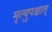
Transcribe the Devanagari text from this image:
मृत्युपश्चात्‌